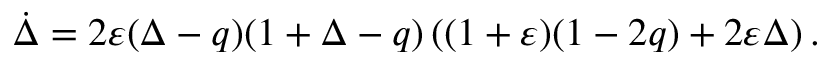
\dot { \Delta } = 2 \varepsilon ( \Delta - q ) ( 1 + \Delta - q ) \left( ( 1 + \varepsilon ) ( 1 - 2 q ) + 2 \varepsilon \Delta \right) .